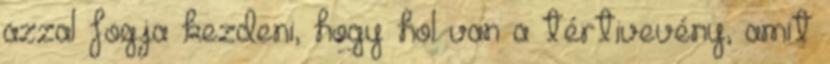
azzal fogja kezdeni, hogy hol van a tértivevény, amit